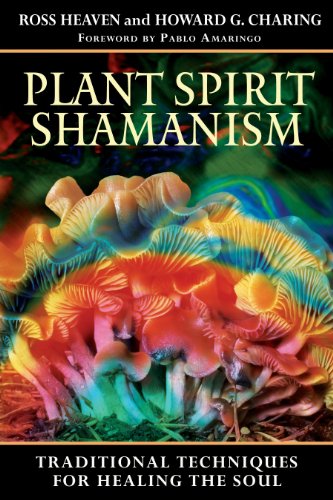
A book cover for Plant Spirit Shamanism: Traditional Techniques for Healing the Soul; Ross Heaven; Religion & Spirituality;